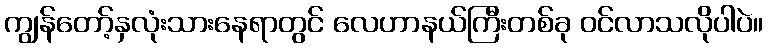
ကျွန်တော့်နှလုံးသားနေရာတွင် လေဟာနယ်ကြီးတစ်ခု ဝင်လာသလိုပါပဲ။